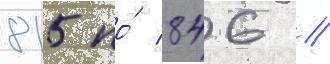
815 по́ 846 /